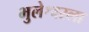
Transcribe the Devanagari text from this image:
भुलेश्वरला